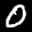
Label: 0